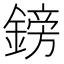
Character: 鎊